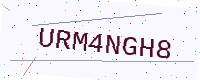
Text: URM4NGH8